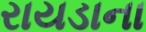
રાયડાના